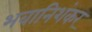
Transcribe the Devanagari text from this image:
भवानिशंकर